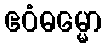
ဧဝံဓမ္မော